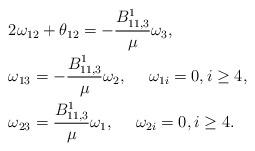
LaTeX: \begin{align*}&2\omega_{12}+\theta_{12}=-\frac{B^1_{11,3}}{\mu}\omega_3,\\&\omega_{13}=-\frac{B^1_{11,3}}{\mu}\omega_2,~~~~\omega_{1i}=0, i\geq 4,\\&\omega_{23}=\frac{B^1_{11,3}}{\mu}\omega_1, ~~~~\omega_{2i}=0, i\geq 4.\end{align*}